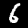
Label: 6